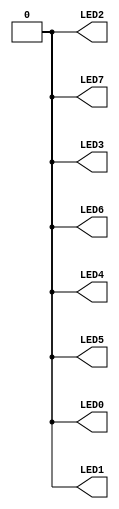
//------------------------------------------------------------------
//-- Hello world example for the iCEstick board
//-- Turn on all the leds
//------------------------------------------------------------------

module leds(output wire LED0,
            output wire LED1,
            output wire LED2,
            output wire LED3,
            output wire LED4,
            output wire LED5,
            output wire LED6,
            output wire LED7);

assign LED0 = 1'b0;
assign LED1 = 1'b0;
assign LED2 = 1'b0;
assign LED3 = 1'b0;
assign LED4 = 1'b0;
assign LED5 = 1'b0;
assign LED6 = 1'b0;
assign LED7 = 1'b0;

endmodule